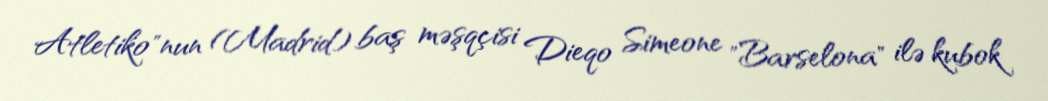
Atletiko"nun (Madrid) baş məşqçisi Dieqo Simeone "Barselona" ilə kubok